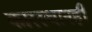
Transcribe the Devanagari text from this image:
कारस्थानही